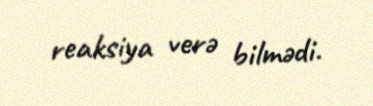
reaksiya verə bilmədi.